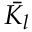
\bar { K _ { l } }